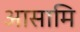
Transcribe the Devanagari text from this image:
आसामि